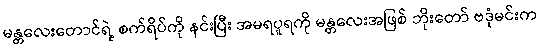
မန္တလေးတောင်ရဲ့ စက်ရိပ်ကို နင်းပြီး အမရပူရကို မန္တလေးအဖြစ် ဘိုးတော် ဗဒုံမင်းက